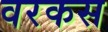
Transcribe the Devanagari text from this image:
वरकस